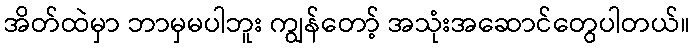
အိတ်ထဲမှာ ဘာမှမပါဘူး ကျွန်တော့် အသုံးအဆောင်တွေပါတယ်။